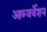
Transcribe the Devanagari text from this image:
आब्जर्वेशन